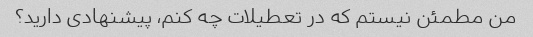
من مطمئن نیستم که در تعطیلات چه کنم، پیشنهادی دارید؟